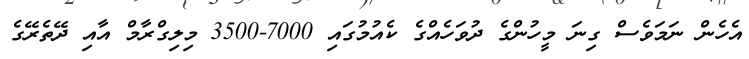
އެހެން ނަމަވެސް ގިނަ މީހުންގެ ދުވަހެއްގެ ކެއުމުގައި 7000-3500 މިލިގްރާމް އާއި ދޭތެރޭގެ